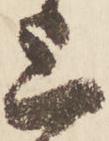
上